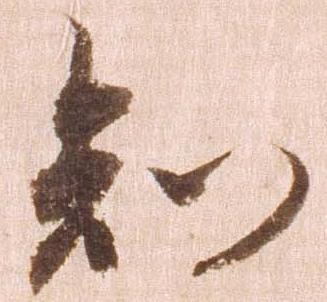
知